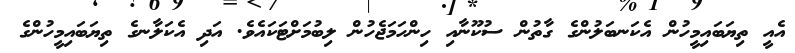
އެއީ ތިޔަބައިމީހުން އެކަނބަލުންގެ ގާތުން ސުކޫނާއި ހިންހަމަޖެހުން ލިބުމަށްޓަކައެވެ. އަދި އެކަލާނގެ ތިޔަބައިމީހުންގެ